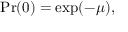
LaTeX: \operatorname* { P r } ( 0 ) = \exp ( - \mu ) ,